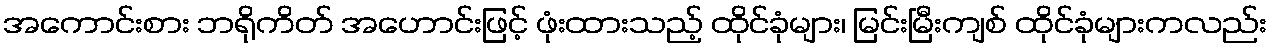
အကောင်းစား ဘရိုကိတ် အဟောင်းဖြင့် ဖုံးထားသည့် ထိုင်ခုံများ၊ မြင်းမြီးကျစ် ထိုင်ခုံများကလည်း